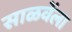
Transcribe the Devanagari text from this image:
साळवेंला